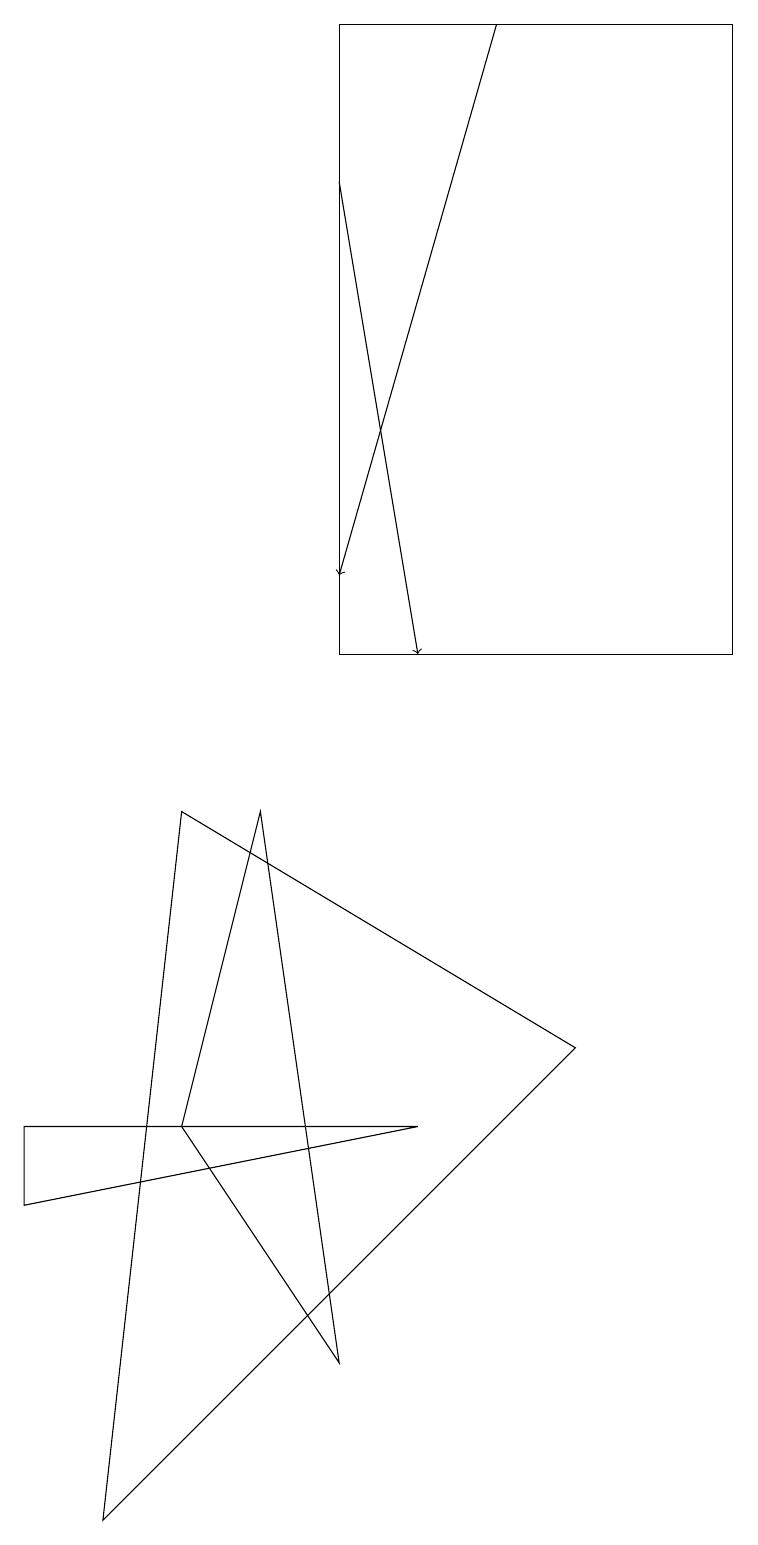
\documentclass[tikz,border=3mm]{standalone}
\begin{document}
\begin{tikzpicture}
\draw (2,5) -- (3,9) -- (4,2) -- cycle;
\draw (9,19) rectangle (4,11);
\draw (1,0) -- (2,9) -- (7,6) -- cycle;
\draw[->] (4,17) -- (5,11);
\draw[->] (6,19) -- (4,12);
\draw (0,4) -- (0,5) -- (5,5) -- cycle;
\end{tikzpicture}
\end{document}